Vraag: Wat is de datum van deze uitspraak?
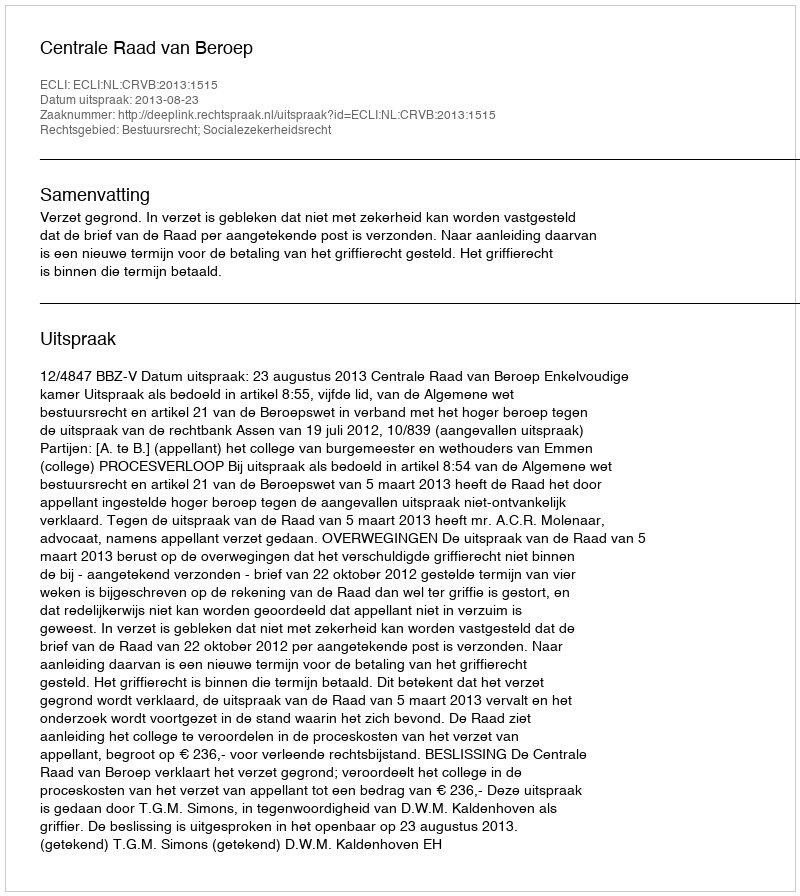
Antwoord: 2013-08-23